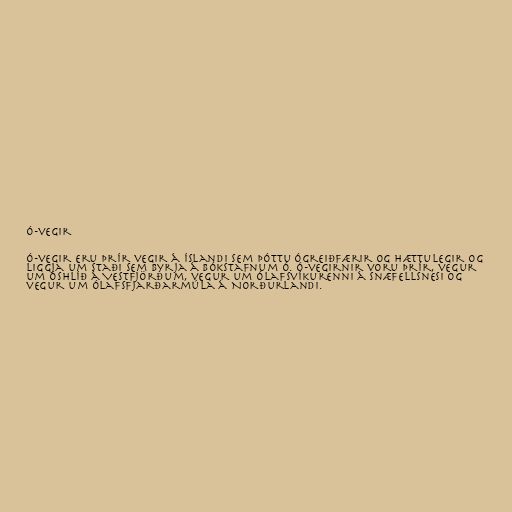
Ó-vegir

Ó-vegir eru þrír vegir á Íslandi sem þóttu ógreiðfærir og hættulegir og
liggja um staði sem byrja á bókstafnum Ó. Ó-vegirnir voru þrír, vegur
um Óshlíð á Vestfjörðum, vegur um Ólafsvíkurenni á Snæfellsnesi og
vegur um Ólafsfjarðarmúla á Norðurlandi.